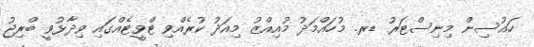
ހައުސިން މިނިސްޓަރު ޑރ. މުހައްމަދު މުއިއްޒު މިއަދު ކުރެއްވި ޓްވީޓެއްގައި ވިދާޅުވީ ބްރިޖު